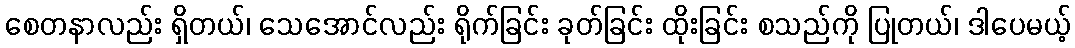
စေတနာလည်း ရှိတယ်၊ သေအောင်လည်း ရိုက်ခြင်း ခုတ်ခြင်း ထိုးခြင်း စသည်ကို ပြုတယ်၊ ဒါပေမယ့်